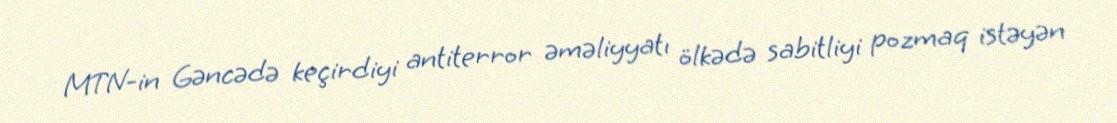
MTN-in Gəncədə keçirdiyi antiterror əməliyyatı ölkədə sabitliyi pozmaq istəyən